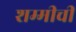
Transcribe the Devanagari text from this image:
शम्मीची